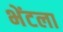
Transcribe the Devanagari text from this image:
भेंटला